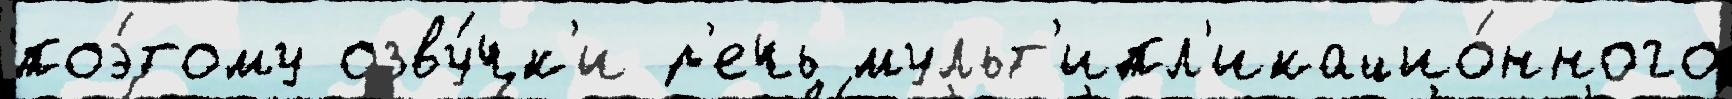
поэ́тому озву́чк'и р'ечь мульт'ипл'икацио́нного